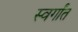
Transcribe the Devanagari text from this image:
स्वर्गांत